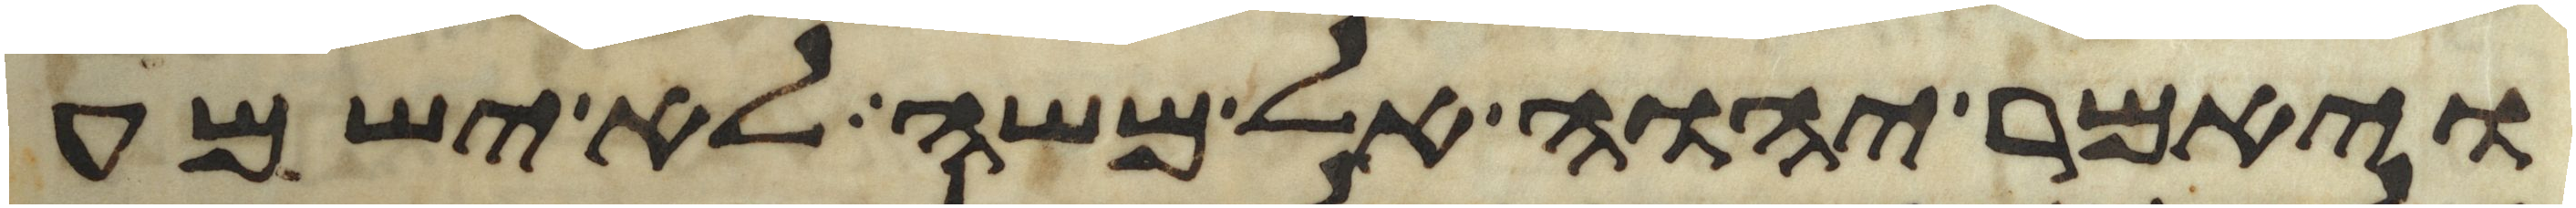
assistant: ויאמר יהוה אל משה לא ישמע